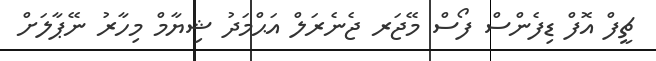
ޗީފް އޮފް ޑިފެންސް ފޯސް މޭޖަރ ޖެނެރަލް އަޙްމަދު ޝިޔާމް މިހާރު ނޭޕާލަށް